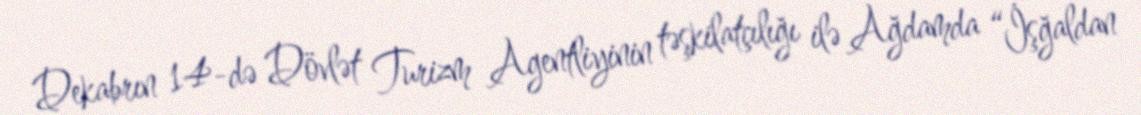
Dekabrın 14-də Dövlət Turizm Agentliyinin təşkilatçılığı ilə Ağdamda “İşğaldan